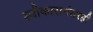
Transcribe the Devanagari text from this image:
स्वीकारानंतरही